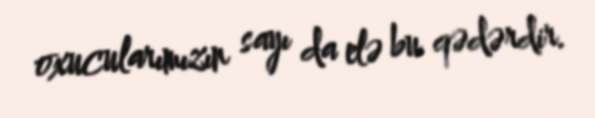
oxucularımızın sayı da elə bu qədərdir.